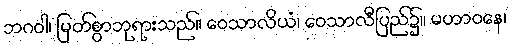
ဘဂဝါ၊ မြတ်စွာဘုရားသည်။ ဝေသာလိယံ၊ ဝေသာလီပြည်၌။ မဟာဝနေ၊